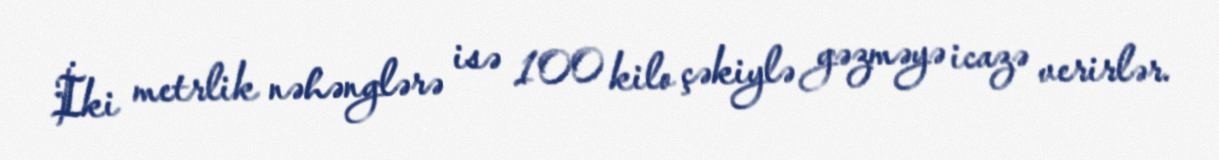
İki metrlik nəhənglərə isə 100 kilo çəkiylə gəzməyə icazə verirlər.